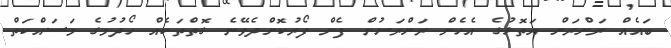
ބައެއް ރަށްރަށް އަތޮޅުގެ އެހެން ރަށްރަށުން ފެން ފޯރުކޮށްދެވޭނެ ގޮތްތަކެއް ހޯދުމުގެ މަސައްކަތް